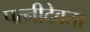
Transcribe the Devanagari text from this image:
पत्नीदेवता